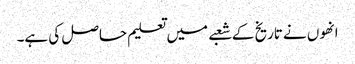
انھوں نے تاریخ کے شعبے میں تعلیم حاصل کی ہے۔